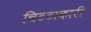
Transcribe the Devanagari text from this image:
चिटठाकारी